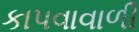
કાપવાવાળી